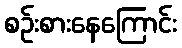
စဉ်းစားနေကြောင်း